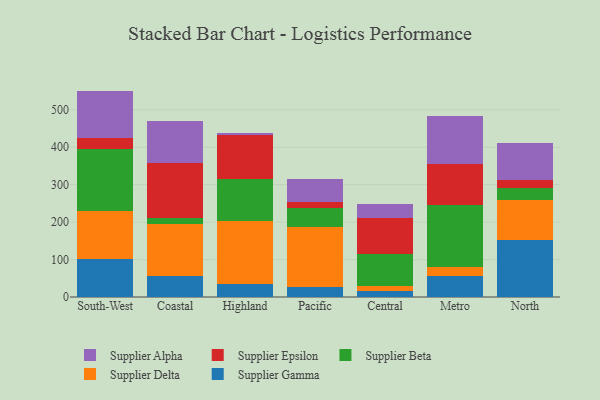
{"axis": {"x": "Region", "y": "Energy Usage (MWh)"}, "legend": ["Supplier Alpha", "Supplier Beta", "Supplier Delta", "Supplier Epsilon", "Supplier Gamma"], "data": [{"x": "South-West", "y": 101.7, "type": "Supplier Gamma"}, {"x": "South-West", "y": 128.2, "type": "Supplier Delta"}, {"x": "South-West", "y": 164.3, "type": "Supplier Beta"}, {"x": "South-West", "y": 31.7, "type": "Supplier Epsilon"}, {"x": "South-West", "y": 124.7, "type": "Supplier Alpha"}, {"x": "Coastal", "y": 56.7, "type": "Supplier Gamma"}, {"x": "Coastal", "y": 139.5, "type": "Supplier Delta"}, {"x": "Coastal", "y": 14.8, "type": "Supplier Beta"}, {"x": "Coastal", "y": 147.9, "type": "Supplier Epsilon"}, {"x": "Coastal", "y": 110.1, "type": "Supplier Alpha"}, {"x": "Highland", "y": 33.4, "type": "Supplier Gamma"}, {"x": "Highland", "y": 168.7, "type": "Supplier Delta"}, {"x": "Highland", "y": 112.5, "type": "Supplier Beta"}, {"x": "Highland", "y": 117.8, "type": "Supplier Epsilon"}, {"x": "Highland", "y": 6.9, "type": "Supplier Alpha"}, {"x": "Pacific", "y": 25.9, "type": "Supplier Gamma"}, {"x": "Pacific", "y": 161.3, "type": "Supplier Delta"}, {"x": "Pacific", "y": 49.4, "type": "Supplier Beta"}, {"x": "Pacific", "y": 16.6, "type": "Supplier Epsilon"}, {"x": "Pacific", "y": 61.9, "type": "Supplier Alpha"}, {"x": "Central", "y": 16.1, "type": "Supplier Gamma"}, {"x": "Central", "y": 13.9, "type": "Supplier Delta"}, {"x": "Central", "y": 83.7, "type": "Supplier Beta"}, {"x": "Central", "y": 97.9, "type": "Supplier Epsilon"}, {"x": "Central", "y": 37.3, "type": "Supplier Alpha"}, {"x": "Metro", "y": 54.8, "type": "Supplier Gamma"}, {"x": "Metro", "y": 26.6, "type": "Supplier Delta"}, {"x": "Metro", "y": 163.2, "type": "Supplier Beta"}, {"x": "Metro", "y": 110.5, "type": "Supplier Epsilon"}, {"x": "Metro", "y": 127.4, "type": "Supplier Alpha"}, {"x": "North", "y": 152.3, "type": "Supplier Gamma"}, {"x": "North", "y": 106.7, "type": "Supplier Delta"}, {"x": "North", "y": 31.0, "type": "Supplier Beta"}, {"x": "North", "y": 23.7, "type": "Supplier Epsilon"}, {"x": "North", "y": 97.7, "type": "Supplier Alpha"}]}